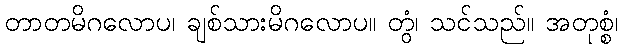
တာတမိဂလောပ၊ ချစ်သားမိဂလောပ။ တွံ၊ သင်သည်။ အတုစ္စံ၊